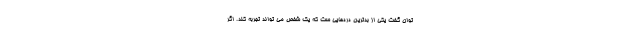
توان گفت یکی از بدترین دردهایی ‌ست که یک شخص می تواند تجربه کند. اگر